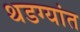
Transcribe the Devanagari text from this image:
थडग्यांत